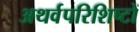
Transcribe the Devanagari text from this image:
अथर्वपरिशिष्टों